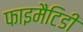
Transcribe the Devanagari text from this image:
फाइमैटिडी